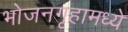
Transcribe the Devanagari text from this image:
भोजनगृहामध्ये